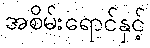
အစိမ်းရောင်နှင့်